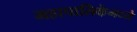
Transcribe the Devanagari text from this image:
महापालिकेमध्ये